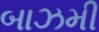
બાઝમી